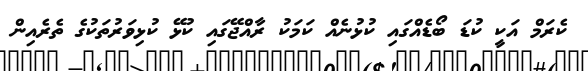
ކެރަމް އަކީ ކުޑަ ބޯޑެއްގައި ކުޅުނެއް ކަމަކު ރާއްޖޭގައި ކުޅޭ ކުޅިވަރުތަކުގެ ތެރެއިން